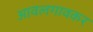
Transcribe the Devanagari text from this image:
आवलगावकर